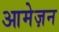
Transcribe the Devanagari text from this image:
आमेज़न